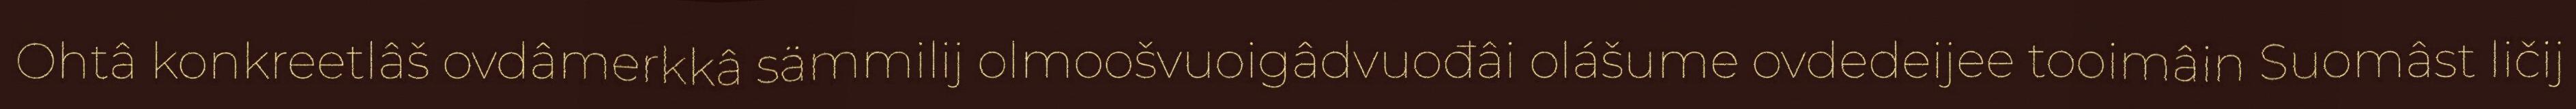
Ohtâ konkreetlâš ovdâmerkkâ sämmilij olmoošvuoigâdvuođâi olášume ovdedeijee tooimâin Suomâst ličij